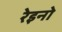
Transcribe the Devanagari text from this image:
रेइनो